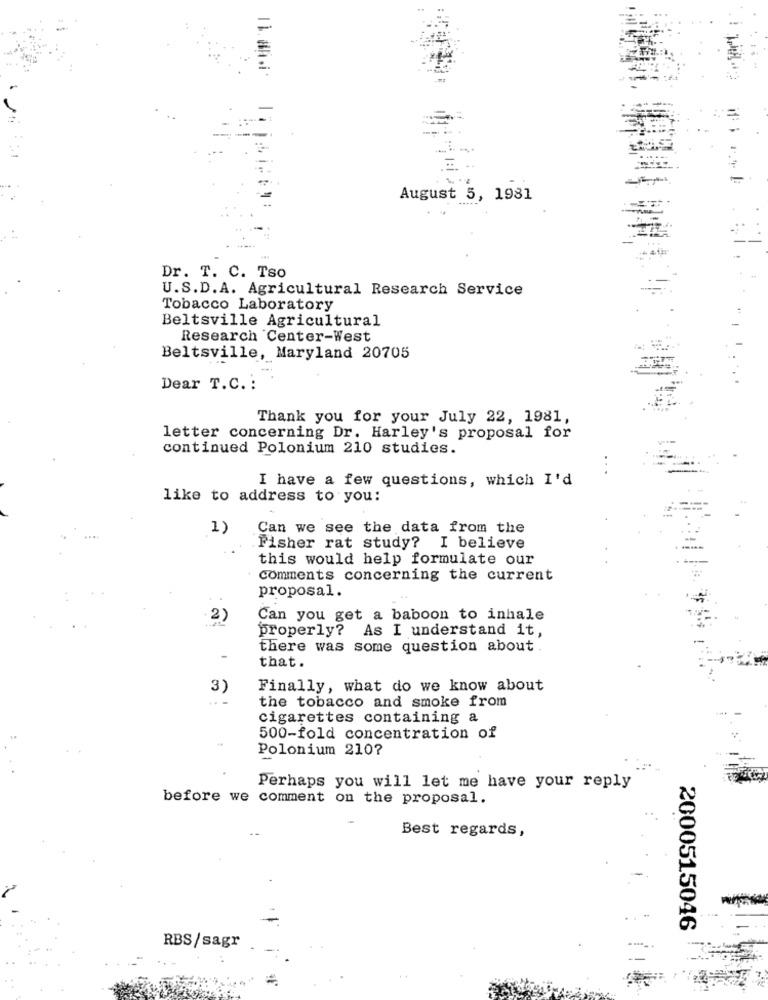
August 5, 1981
Dr. T. C. Tso
U.S.D.A. Agricultural Research Service
Tobacco Laboratory
Beltsville Agricultural
Research Center-West
Beltsville, Maryland 20705
Dear T.C. :
Thank you for your July 22, 1981,
letter concerning Dr. Harley's proposal for
continued Polonium 210 studies.
. .
I have a few questions, which I'd
like to address to you:
1)
Can we see the data from the
Fisher rat study? I believe
this would help formulate our
comments concerning the current
proposal.
2)
Can you get a baboon to inhale
properly? As I understand it,
there was some question about
that.
3)
Finally, what do we know about
the tobacco and smoke from
cigarettes containing a
500-fold concentration of
Polonium 210?
Perhaps you will let me have your reply
before we comment on the proposal.
Best regards,
2000515046
RBS/sagr